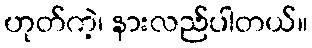
ဟုတ်ကဲ့၊ နားလည်ပါတယ်။